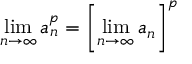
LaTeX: \operatorname* { l i m } _ { n \to \infty } a _ { n } ^ { p } = \left[ \operatorname* { l i m } _ { n \to \infty } a _ { n } \right] ^ { p }